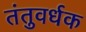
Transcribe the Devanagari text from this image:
तंतुवर्धक